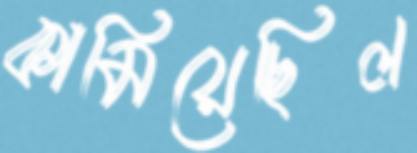
কামিয়েছিল